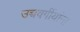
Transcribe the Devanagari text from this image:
उच्चवर्गीयांना